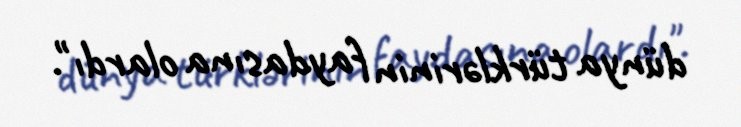
dünya türklərinin faydasına olardı".